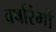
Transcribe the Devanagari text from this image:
वर्षारंभों